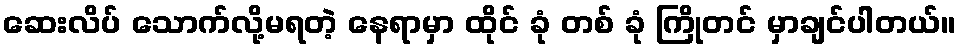
ဆေးလိပ် သောက်လို့မရတဲ့ နေရာမှာ ထိုင် ခုံ တစ် ခုံ ကြိုတင် မှာချင်ပါတယ်။